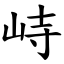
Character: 峙